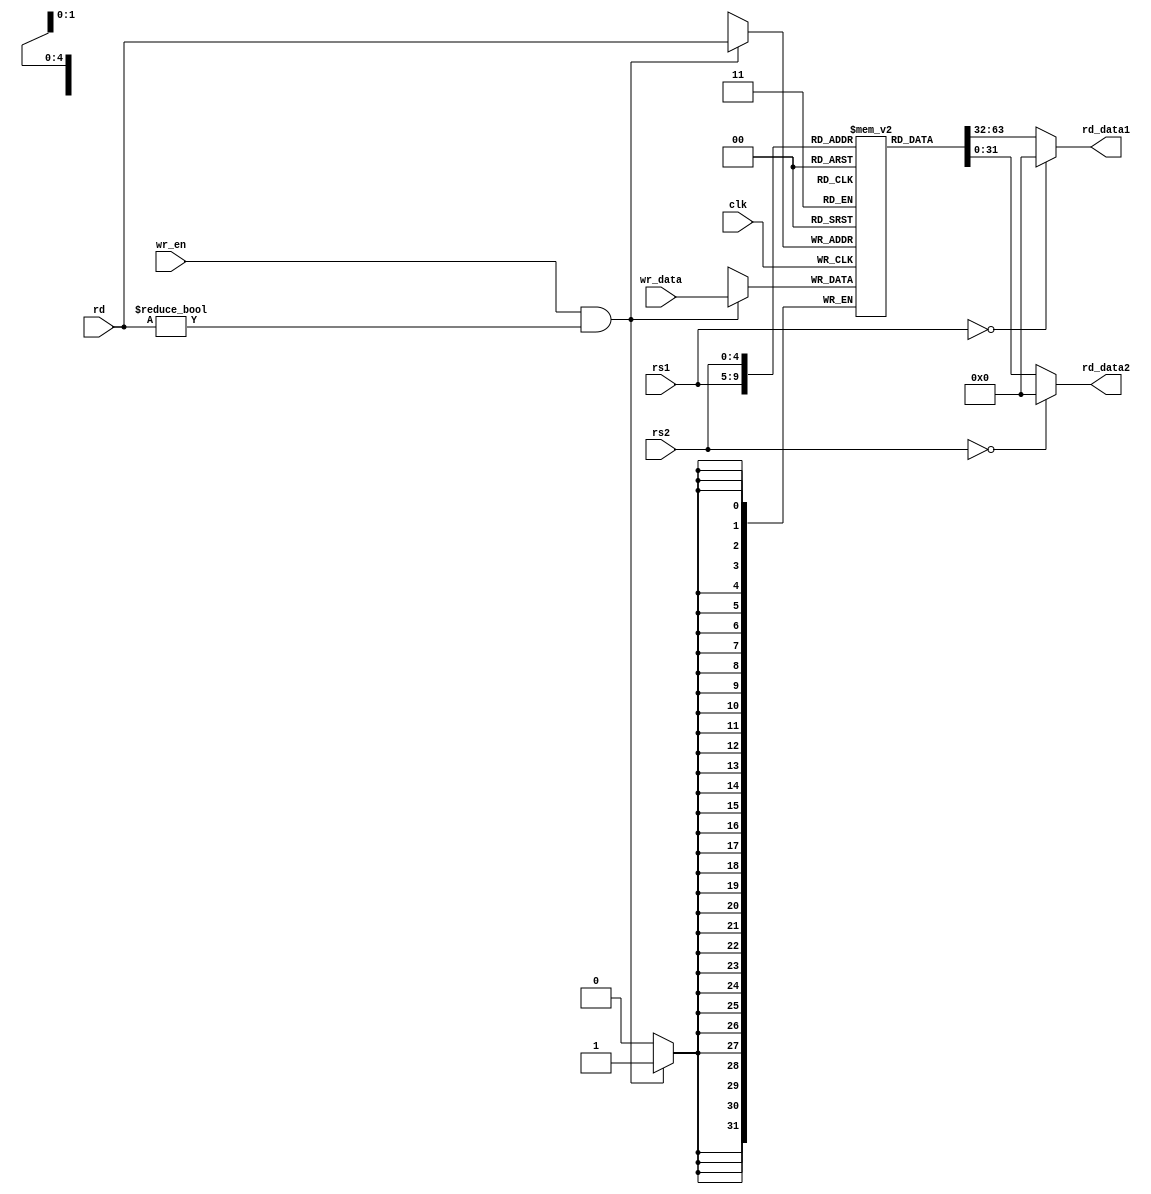
`timescale 1ns / 1ps
//////////////////////////////////////////////////////////////////////////////////
// Company:
// Engineer:
//
// Design Name:
// Module Name: register_file
// Project Name:
// Target Devices:
// Tool Versions:
// Description:
//
// Dependencies:
//
// Revision:
// Revision 0.01 - File Created
// Additional Comments:
//
//////////////////////////////////////////////////////////////////////////////////


module register_file(
    input clk,
    input wr_en,
    input [4:0] rs1,
    input [4:0] rs2,
    input [4:0] rd,
    input [31:0] wr_data,
    output [31:0] rd_data1,
    output [31:0] rd_data2
  );
  reg [31:0] regs [31:0];
  always@(posedge clk )
  begin
    if(wr_en & (rd != 5'b0))
      regs[rd] <= wr_data;
  end
  assign rd_data1 = (rs1 == 5'b0) ? {32'b0} : regs[rs1];
  assign rd_data2 = (rs2 == 5'b0) ? {32'b0} : regs[rs2];
endmodule